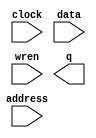
// megafunction wizard: %RAM: 1-PORT%VBB%
// GENERATION: STANDARD
// VERSION: WM1.0
// MODULE: altsyncram 

// ============================================================
// Megafunction Name(s):
// 			altsyncram
//
// Simulation Library Files(s):
// 			altera_mf
// ============================================================
// ************************************************************
// THIS IS A WIZARD-GENERATED FILE. DO NOT EDIT THIS FILE!
//
// 18.1.0 Build 625 09/12/2018 SJ Lite Edition
// ************************************************************

//Copyright (C) 2018  Intel Corporation. All rights reserved.
//Your use of Intel Corporation's design tools, logic functions 
//and other software and tools, and its AMPP partner logic 
//functions, and any output files from any of the foregoing 
//(including device programming or simulation files), and any 
//associated documentation or information are expressly subject 
//to the terms and conditions of the Intel Program License 
//Subscription Agreement, the Intel Quartus Prime License Agreement,
//the Intel FPGA IP License Agreement, or other applicable license
//agreement, including, without limitation, that your use is for
//the sole purpose of programming logic devices manufactured by
//Intel and sold by Intel or its authorized distributors.  Please
//refer to the applicable agreement for further details.

module dice2 (
	address,
	clock,
	data,
	wren,
	q);

	input	[7:0]  address;
	input	  clock;
	input	[0:0]  data;
	input	  wren;
	output	[0:0]  q;
`ifndef ALTERA_RESERVED_QIS
// synopsys translate_off
`endif
	tri1	  clock;
`ifndef ALTERA_RESERVED_QIS
// synopsys translate_on
`endif

endmodule

// ============================================================
// CNX file retrieval info
// ============================================================
// Retrieval info: PRIVATE: ADDRESSSTALL_A NUMERIC "0"
// Retrieval info: PRIVATE: AclrAddr NUMERIC "0"
// Retrieval info: PRIVATE: AclrByte NUMERIC "0"
// Retrieval info: PRIVATE: AclrData NUMERIC "0"
// Retrieval info: PRIVATE: AclrOutput NUMERIC "0"
// Retrieval info: PRIVATE: BYTE_ENABLE NUMERIC "0"
// Retrieval info: PRIVATE: BYTE_SIZE NUMERIC "8"
// Retrieval info: PRIVATE: BlankMemory NUMERIC "0"
// Retrieval info: PRIVATE: CLOCK_ENABLE_INPUT_A NUMERIC "0"
// Retrieval info: PRIVATE: CLOCK_ENABLE_OUTPUT_A NUMERIC "0"
// Retrieval info: PRIVATE: Clken NUMERIC "0"
// Retrieval info: PRIVATE: DataBusSeparated NUMERIC "1"
// Retrieval info: PRIVATE: IMPLEMENT_IN_LES NUMERIC "0"
// Retrieval info: PRIVATE: INIT_FILE_LAYOUT STRING "PORT_A"
// Retrieval info: PRIVATE: INIT_TO_SIM_X NUMERIC "0"
// Retrieval info: PRIVATE: INTENDED_DEVICE_FAMILY STRING "Cyclone V"
// Retrieval info: PRIVATE: JTAG_ENABLED NUMERIC "0"
// Retrieval info: PRIVATE: JTAG_ID STRING "NONE"
// Retrieval info: PRIVATE: MAXIMUM_DEPTH NUMERIC "0"
// Retrieval info: PRIVATE: MIFfilename STRING "../images/dice2.mif"
// Retrieval info: PRIVATE: NUMWORDS_A NUMERIC "256"
// Retrieval info: PRIVATE: RAM_BLOCK_TYPE NUMERIC "0"
// Retrieval info: PRIVATE: READ_DURING_WRITE_MODE_PORT_A NUMERIC "3"
// Retrieval info: PRIVATE: RegAddr NUMERIC "1"
// Retrieval info: PRIVATE: RegData NUMERIC "1"
// Retrieval info: PRIVATE: RegOutput NUMERIC "1"
// Retrieval info: PRIVATE: SYNTH_WRAPPER_GEN_POSTFIX STRING "0"
// Retrieval info: PRIVATE: SingleClock NUMERIC "1"
// Retrieval info: PRIVATE: UseDQRAM NUMERIC "1"
// Retrieval info: PRIVATE: WRCONTROL_ACLR_A NUMERIC "0"
// Retrieval info: PRIVATE: WidthAddr NUMERIC "8"
// Retrieval info: PRIVATE: WidthData NUMERIC "1"
// Retrieval info: PRIVATE: rden NUMERIC "0"
// Retrieval info: LIBRARY: altera_mf altera_mf.altera_mf_components.all
// Retrieval info: CONSTANT: CLOCK_ENABLE_INPUT_A STRING "BYPASS"
// Retrieval info: CONSTANT: CLOCK_ENABLE_OUTPUT_A STRING "BYPASS"
// Retrieval info: CONSTANT: INIT_FILE STRING "../images/dice2.mif"
// Retrieval info: CONSTANT: INTENDED_DEVICE_FAMILY STRING "Cyclone V"
// Retrieval info: CONSTANT: LPM_HINT STRING "ENABLE_RUNTIME_MOD=NO"
// Retrieval info: CONSTANT: LPM_TYPE STRING "altsyncram"
// Retrieval info: CONSTANT: NUMWORDS_A NUMERIC "256"
// Retrieval info: CONSTANT: OPERATION_MODE STRING "SINGLE_PORT"
// Retrieval info: CONSTANT: OUTDATA_ACLR_A STRING "NONE"
// Retrieval info: CONSTANT: OUTDATA_REG_A STRING "CLOCK0"
// Retrieval info: CONSTANT: POWER_UP_UNINITIALIZED STRING "FALSE"
// Retrieval info: CONSTANT: READ_DURING_WRITE_MODE_PORT_A STRING "NEW_DATA_NO_NBE_READ"
// Retrieval info: CONSTANT: WIDTHAD_A NUMERIC "8"
// Retrieval info: CONSTANT: WIDTH_A NUMERIC "1"
// Retrieval info: CONSTANT: WIDTH_BYTEENA_A NUMERIC "1"
// Retrieval info: USED_PORT: address 0 0 8 0 INPUT NODEFVAL "address[7..0]"
// Retrieval info: USED_PORT: clock 0 0 0 0 INPUT VCC "clock"
// Retrieval info: USED_PORT: data 0 0 1 0 INPUT NODEFVAL "data[0..0]"
// Retrieval info: USED_PORT: q 0 0 1 0 OUTPUT NODEFVAL "q[0..0]"
// Retrieval info: USED_PORT: wren 0 0 0 0 INPUT NODEFVAL "wren"
// Retrieval info: CONNECT: @address_a 0 0 8 0 address 0 0 8 0
// Retrieval info: CONNECT: @clock0 0 0 0 0 clock 0 0 0 0
// Retrieval info: CONNECT: @data_a 0 0 1 0 data 0 0 1 0
// Retrieval info: CONNECT: @wren_a 0 0 0 0 wren 0 0 0 0
// Retrieval info: CONNECT: q 0 0 1 0 @q_a 0 0 1 0
// Retrieval info: GEN_FILE: TYPE_NORMAL dice2.v TRUE
// Retrieval info: GEN_FILE: TYPE_NORMAL dice2.inc FALSE
// Retrieval info: GEN_FILE: TYPE_NORMAL dice2.cmp FALSE
// Retrieval info: GEN_FILE: TYPE_NORMAL dice2.bsf FALSE
// Retrieval info: GEN_FILE: TYPE_NORMAL dice2_inst.v FALSE
// Retrieval info: GEN_FILE: TYPE_NORMAL dice2_bb.v TRUE
// Retrieval info: LIB_FILE: altera_mf